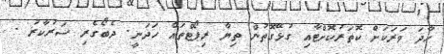
ހާދަ ވަރަކަށް ކޮތަރުކޮށްޓާއި ގުޅޭގޮތުން ތިޔާ ރިޕޯޓްތައް ހަދަނީ. ދެބޯގެރި ސަރުކާރު .